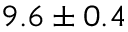
9 . 6 \pm 0 . 4